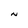
Character: N